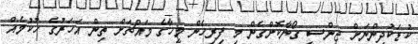
ކުޑަކުދިންނަށް ޖިންސީ ގޯނާކޮށްގެން މި ފިރިހެން މީހާގެ މައްޗަށް ތިން އަހަރުގެ ހުކުމެއް